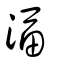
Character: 湢